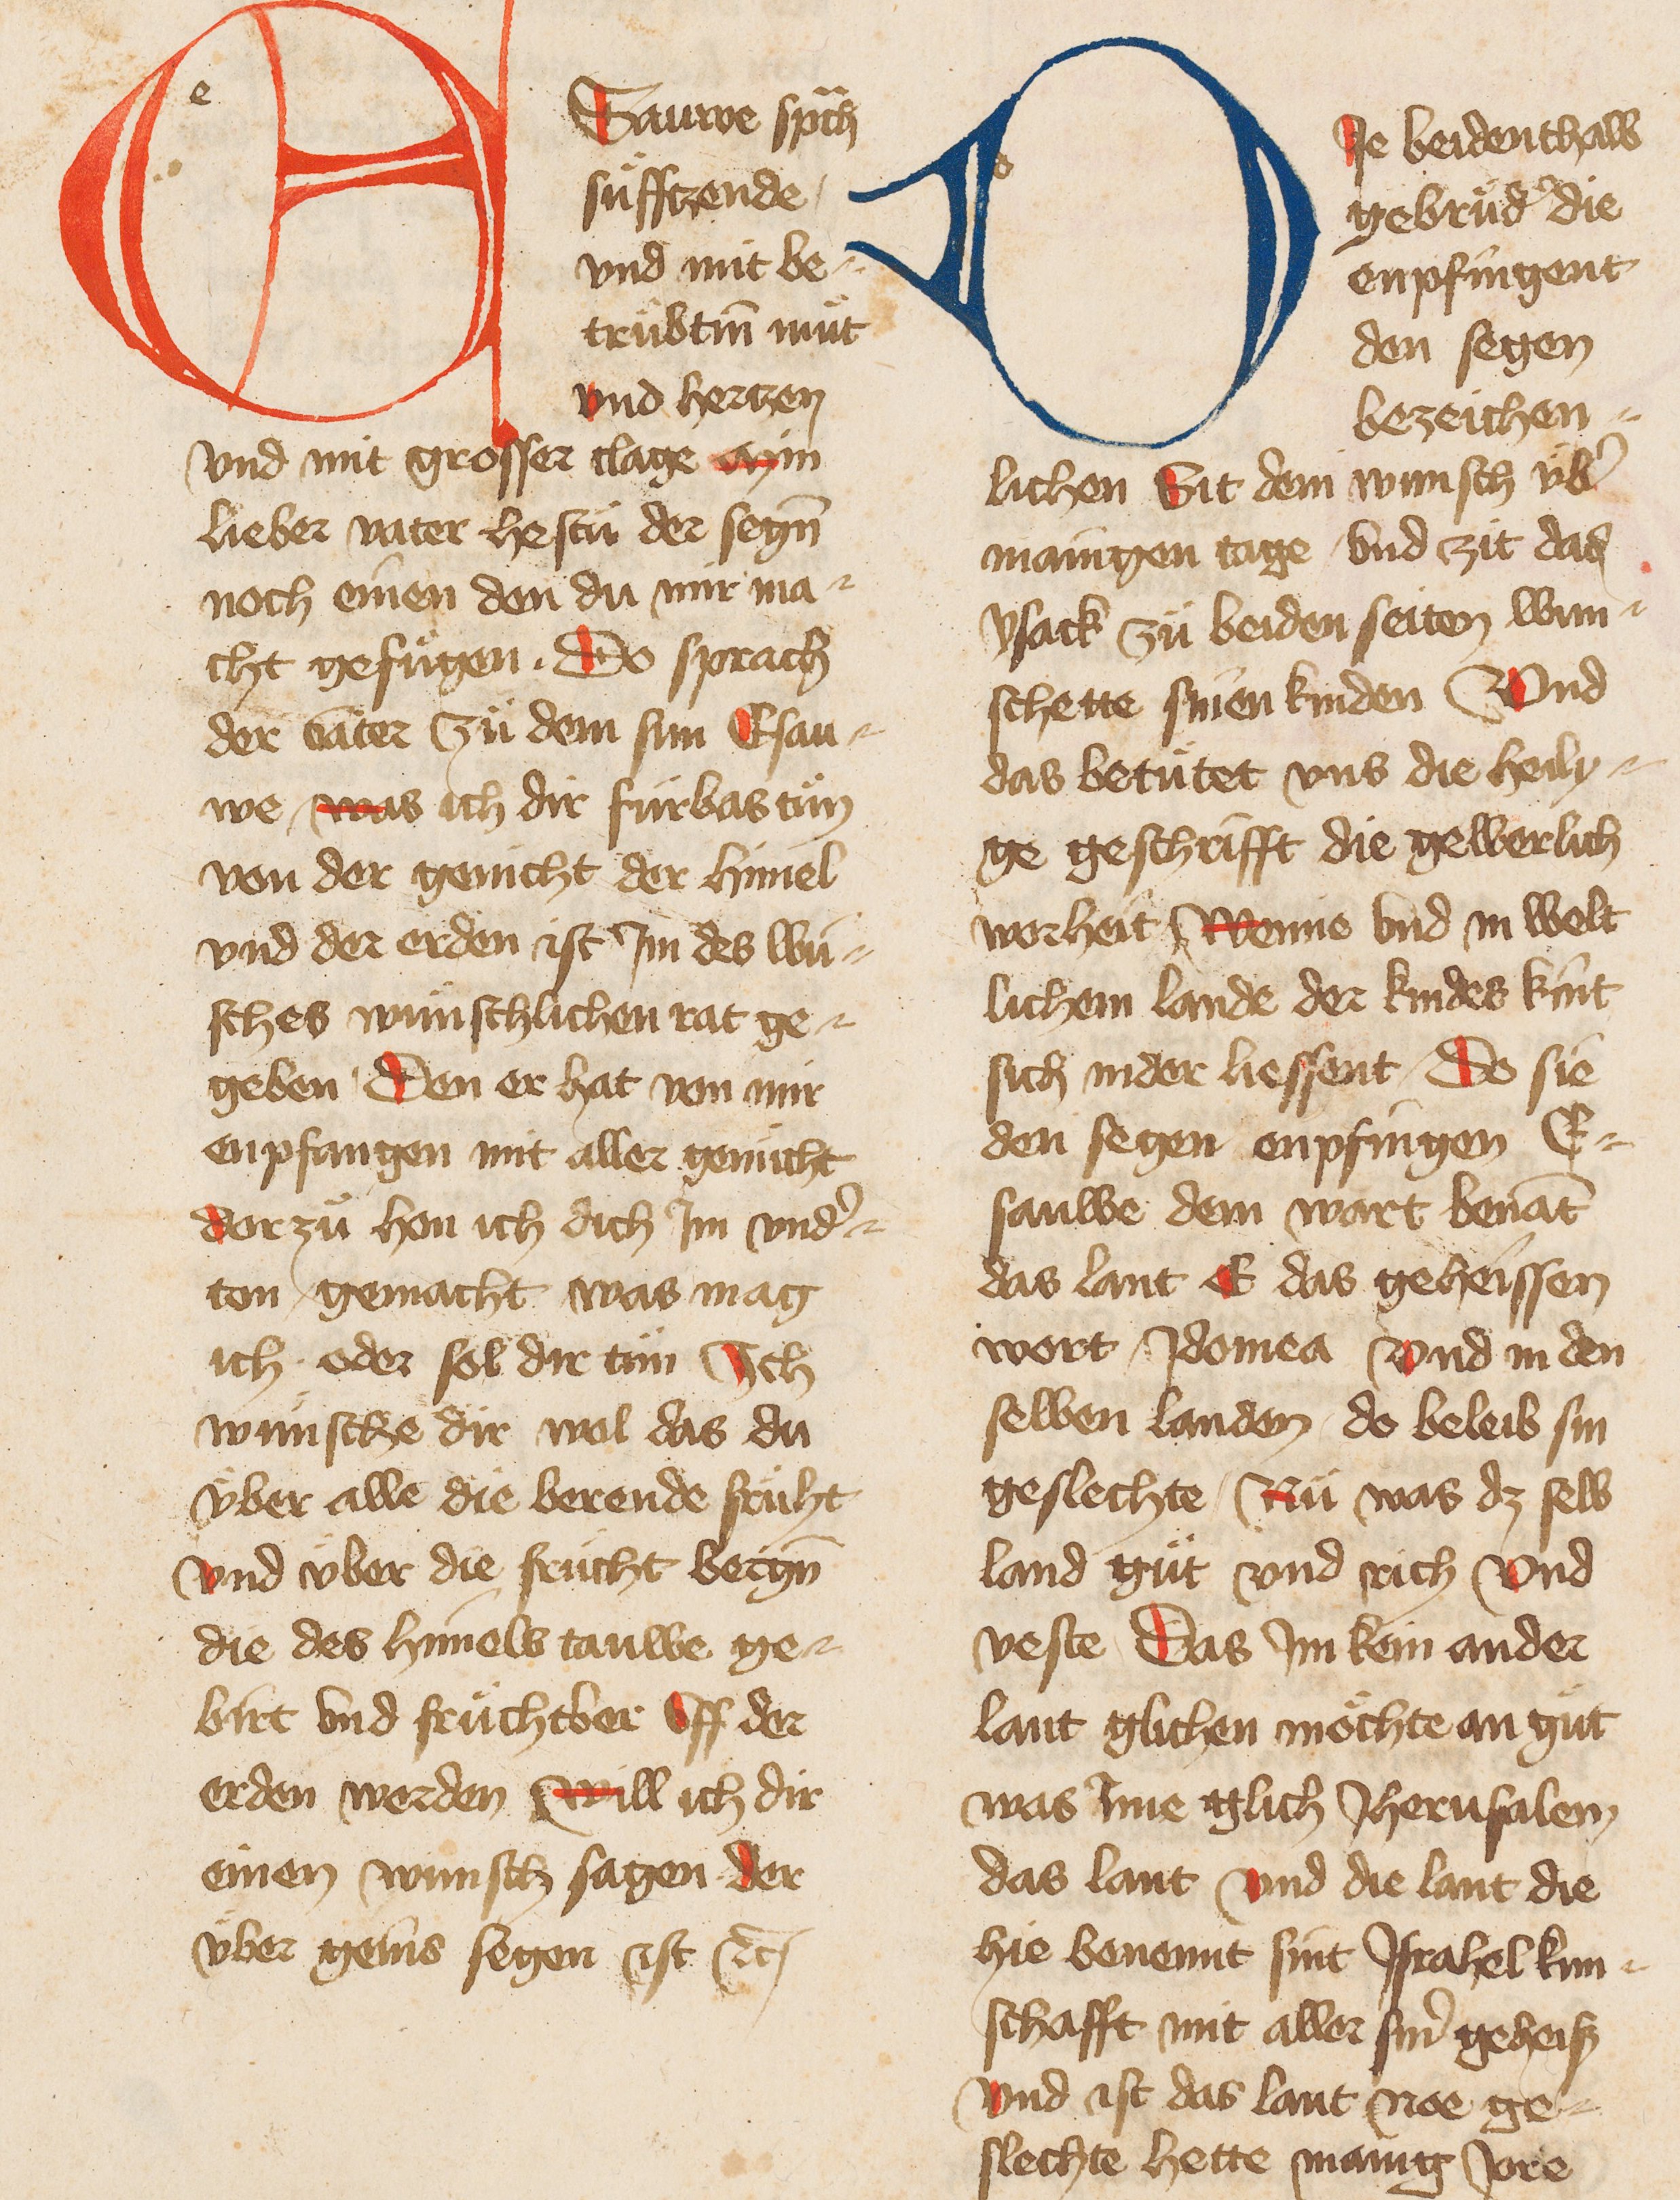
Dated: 1400–1499